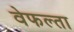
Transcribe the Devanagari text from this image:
वेफल्ता